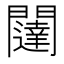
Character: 闥